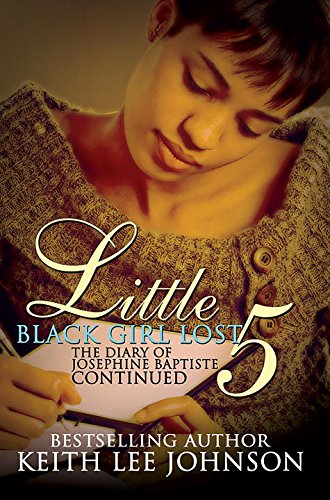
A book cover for Little Black Girl Lost 5; Keith Lee Johnson; Literature & Fiction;